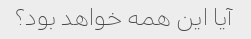
آیا این همه خواهد بود؟